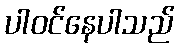
ပါဝင်နေပါသည်